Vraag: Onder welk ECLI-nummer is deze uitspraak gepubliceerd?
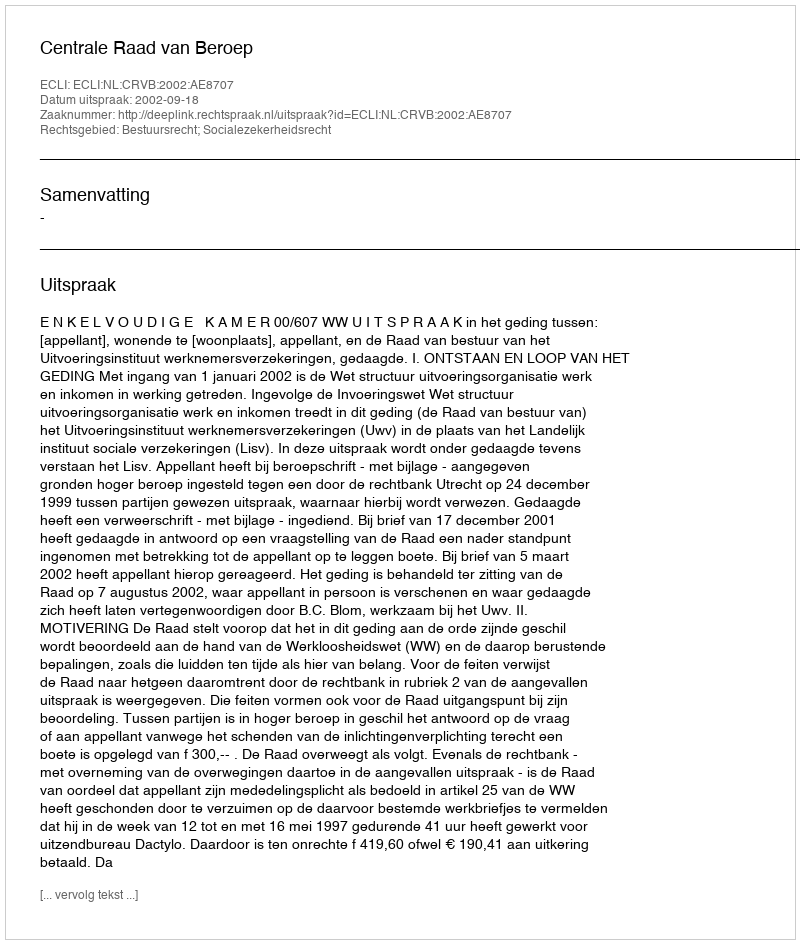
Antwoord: ECLI:NL:CRVB:2002:AE8707